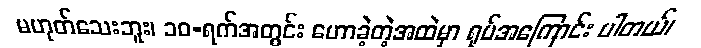
မဟုတ်သေးဘူး၊ ၁၀-ရက်အတွင်း ဟောခဲ့တဲ့အထဲမှာ ရုပ်အကြောင်း ပါတယ်၊